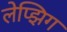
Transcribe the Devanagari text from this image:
लेप्झिग